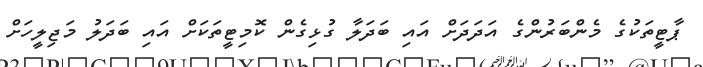
ޕާޓީތަކުގެ މެންބަރުންގެ އަދަދަށް އައި ބަދަލާ ގުޅިގެން ކޮމިޓީތަކަށް އައި ބަދަލު މަޖިލީހަށް